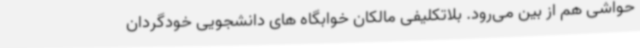
حواشی هم از بین می‌رود. بلاتکلیفی مالکان خوابگاه های دانشجویی خودگردان